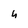
Character: h